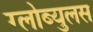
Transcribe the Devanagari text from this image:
ग्लोब्युलस